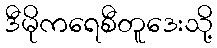
ဒီမိုကရေစီတူဒေးသို့